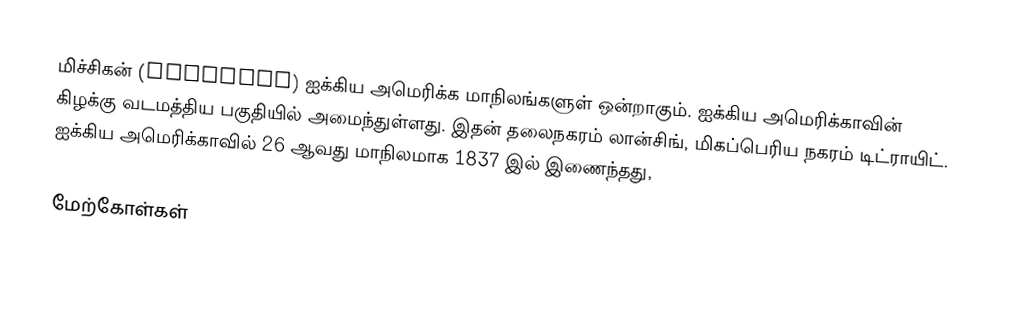
மிச்சிகன் (Michigan) ஐக்கிய அமெரிக்க மாநிலங்களுள் ஒன்றாகும். ஐக்கிய அமெரிக்காவின் கிழக்கு வடமத்திய பகுதியில் அமைந்துள்ளது. இதன் தலைநகரம் லான்சிங், மிகப்பெரிய நகரம் டிட்ராயிட். ஐக்கிய அமெரிக்காவில் 26 ஆவது மாநிலமாக 1837 இல் இணைந்தது,

மேற்கோள்கள்